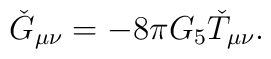
\check{G}_{\mu\nu}= -8\pi G_{5}\check{T}_{\mu\nu}.